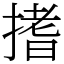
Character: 搘